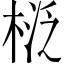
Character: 𣓦